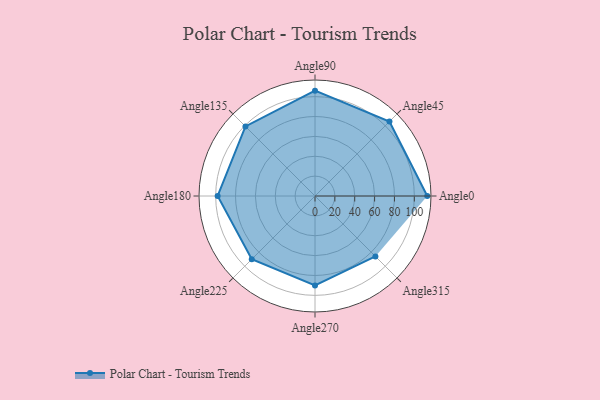
{"axis": {"x": "Angle", "y": "Radius"}, "legend": [""], "data": [{"x": "Angle0", "y": 113.0, "type": ""}, {"x": "Angle45", "y": 106.0, "type": ""}, {"x": "Angle90", "y": 106.0, "type": ""}, {"x": "Angle135", "y": 99.0, "type": ""}, {"x": "Angle180", "y": 98.0, "type": ""}, {"x": "Angle225", "y": 90.0, "type": ""}, {"x": "Angle270", "y": 90.0, "type": ""}, {"x": "Angle315", "y": 86.0, "type": ""}]}